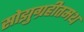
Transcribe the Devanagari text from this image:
सोझुग्रहीतमथ